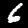
Digit: 6